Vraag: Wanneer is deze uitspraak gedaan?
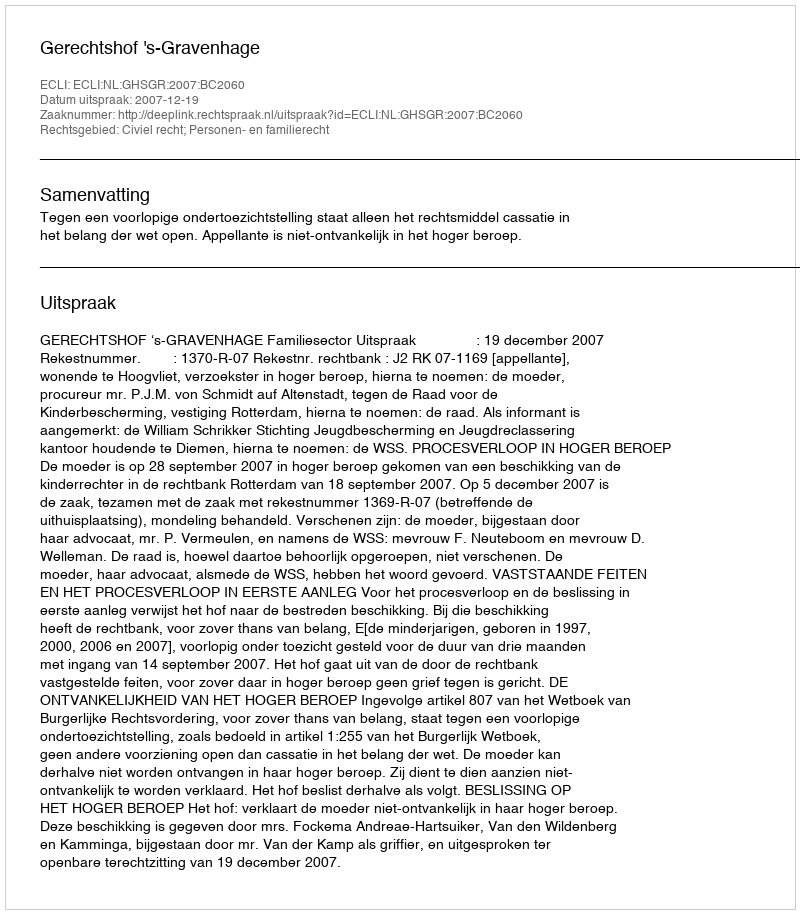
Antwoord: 2007-12-19